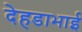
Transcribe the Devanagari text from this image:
देहडाभाई